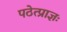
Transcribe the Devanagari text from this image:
पठेत्प्राज्ञः